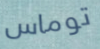
توماس